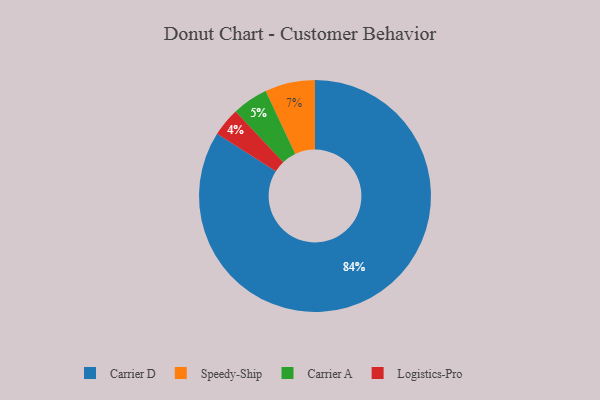
{"axis": {"x": "Category", "y": "Percentage"}, "legend": ["Carrier A", "Carrier D", "Logistics-Pro", "Speedy-Ship"], "data": [{"x": "Carrier A", "y": 5, "type": "Carrier A"}, {"x": "Logistics-Pro", "y": 4, "type": "Logistics-Pro"}, {"x": "Carrier D", "y": 84, "type": "Carrier D"}, {"x": "Speedy-Ship", "y": 7, "type": "Speedy-Ship"}]}